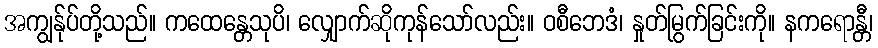
အကျွန်ုပ်တို့သည်။ ကထေန္တေသုပိ၊ လျှောက်ဆိုကုန်သော်လည်း။ ဝစီဘေဒံ၊ နှုတ်မြွက်ခြင်းကို။ နကရောန္တီ၊